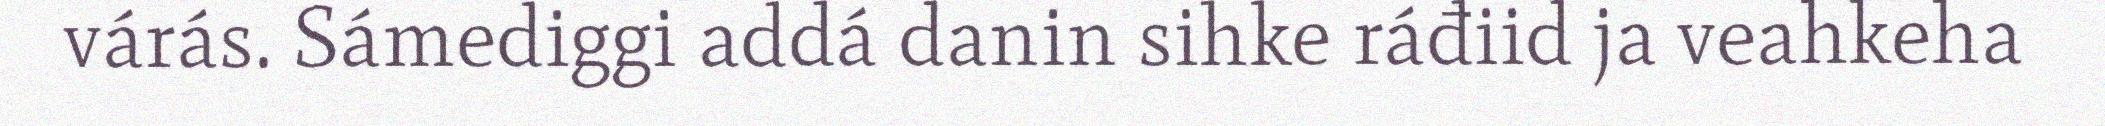
várás. Sámediggi addá danin sihke ráđiid ja veahkeha